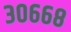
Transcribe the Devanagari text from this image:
३०६६८